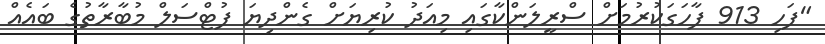
"ފަހި 913 ފާހަގަކުރުމަށް ސްރީލަންކާގައި މިއަދު ކުރިޔަށް ގެންދިޔަ ފުޓްސަލް މުބާރާތުގެ ބައެއް